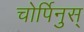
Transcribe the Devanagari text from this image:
चोर्पिनुस्